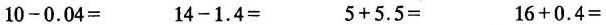
10-0.04= 14-1.4= 5+5.5= 16+0.4=